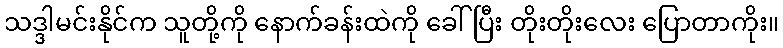
သဒ္ဒါမင်းနိုင်က သူတို့ကို နောက်ခန်းထဲကို ခေါ်ပြီး တိုးတိုးလေး ပြောတာကိုး။